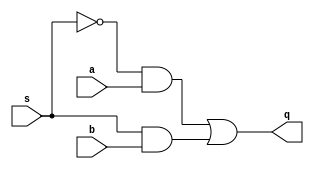

module Mux2x1(
		input wire s,
		input wire a,
		input wire b,
		output wire q
);

	assign q = (~s & a) | (s & b);

endmodule

module WideMux2x1
#(parameter BUS_WIDTH = 32)
(
		input wire s,
		input wire [BUS_WIDTH-1:0] a,
		input wire [BUS_WIDTH-1:0] b,
		output wire [BUS_WIDTH-1:0] q
);

	assign q = (~s) ? a : b;

endmodule